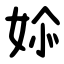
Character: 㛋